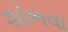
શોભવા